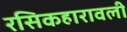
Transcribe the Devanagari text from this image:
रसिकहारावली